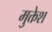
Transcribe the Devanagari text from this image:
मुक्तेश